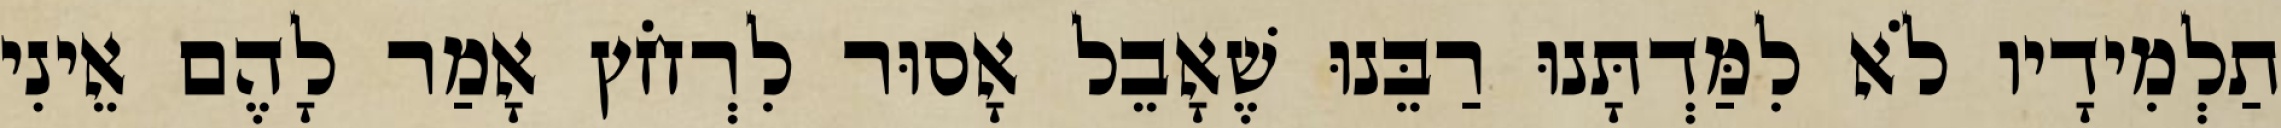
תַלְמִידָיו לֹא לִמַּדְתָּנוּ רַבֵּנוּ שֶׁאָבֵל אָסוּר לִרְחֹץ אָמַר לָהֶם אֵינִי